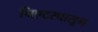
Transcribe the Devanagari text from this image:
थिएटरपासून